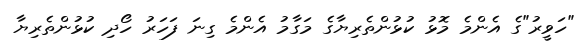
"ހަވީރު"ގެ އެންމެ މޮޅު ކުޅުންތެރިޔާގެ މަގާމު އެންމެ ގިނަ ފަހަރު ހޯދި ކުޅުންތެރިޔާ